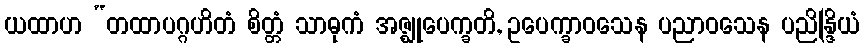
ယထာဟ “တထာပဂ္ဂဟိတံ စိတ္တံ သာဓုကံ အဇ္ဈုပေက္ခတိ, ဥပေက္ခာဝသေန ပညာဝသေန ပညိန္ဒြိယံ